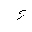
Letter: _hamza